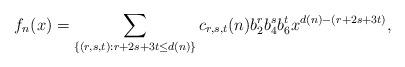
LaTeX: \begin{align*}f_{n}(x)=\sum_{\{(r,s,t):r+2s+3t\leq d(n)\}}c_{r,s,t}(n)b_{2}^{r}b_{4}^{s}b_{6}^{t}x^{d(n)-(r+2s+3t)},\end{align*}